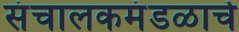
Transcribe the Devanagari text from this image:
संचालकमंडळाचे